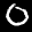
Label: 0